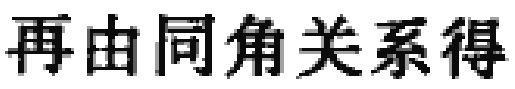
再由同角关系得